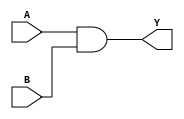
module gate(A,B,Y);

    // Declaring inputs
    input A,B;
    // Declaring output
    output Y;

    // Using gate level modelling
    and(Y,A,B);

endmodule